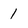
Character: 1